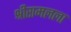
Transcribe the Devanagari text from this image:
श्रीरामलला